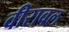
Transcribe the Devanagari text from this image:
वीरावल